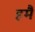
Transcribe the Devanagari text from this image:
हमैं